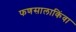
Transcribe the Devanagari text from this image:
फणसालाकिंवा